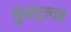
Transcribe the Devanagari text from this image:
कुंस्ट्लर